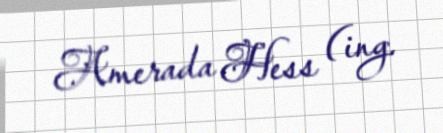
Amerada Hess (ing.